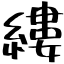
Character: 縷